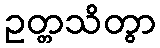
ဥတ္တသိတွာ